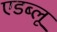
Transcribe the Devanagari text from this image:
एडब्लू